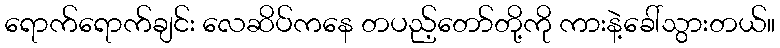
ရောက်ရောက်ချင်း လေဆိပ်ကနေ တပည့်တော်တို့ကို ကားနဲ့ခေါ်သွားတယ်။